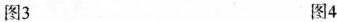
图3 图4